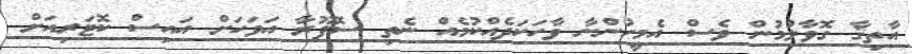
އާތިޤާ ގޮވާލުމުން ވެސް އެމީހުންނާ ވާހަކަދެއްކުމެއް ނެތި ސޮފޫރާ އަވަހަށް އައިސް ކޮޓަރިއަށް